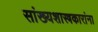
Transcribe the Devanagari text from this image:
सांख्यशास्त्रकारांना